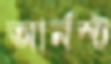
আর্নস্ট